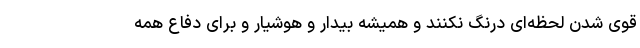
قوی شدن لحظه‌ای درنگ نکنند و همیشه بیدار و هوشیار و برای دفاع همه